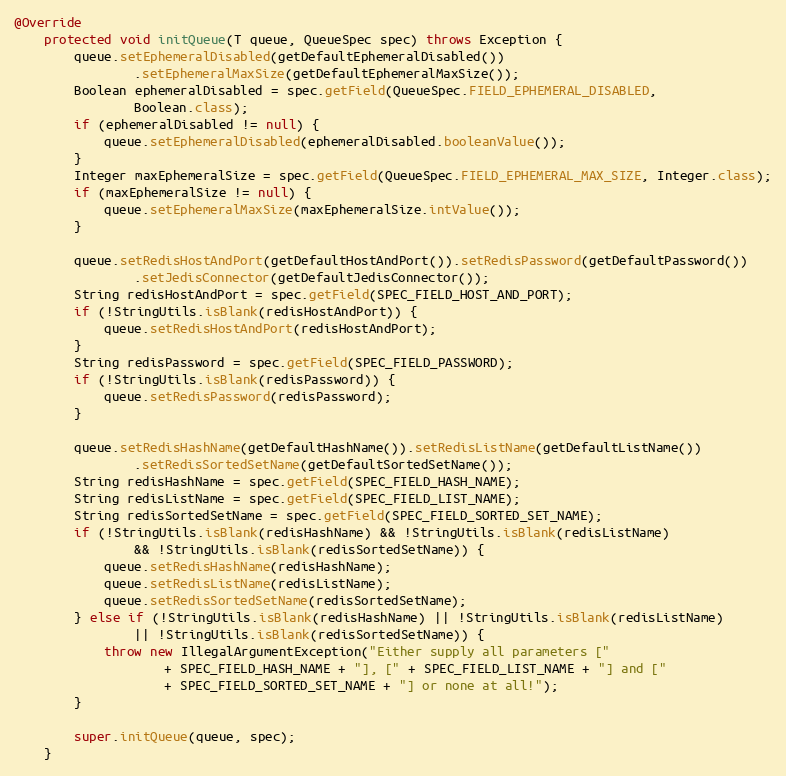
Language: Java
@Override
    protected void initQueue(T queue, QueueSpec spec) throws Exception {
        queue.setEphemeralDisabled(getDefaultEphemeralDisabled())
                .setEphemeralMaxSize(getDefaultEphemeralMaxSize());
        Boolean ephemeralDisabled = spec.getField(QueueSpec.FIELD_EPHEMERAL_DISABLED,
                Boolean.class);
        if (ephemeralDisabled != null) {
            queue.setEphemeralDisabled(ephemeralDisabled.booleanValue());
        }
        Integer maxEphemeralSize = spec.getField(QueueSpec.FIELD_EPHEMERAL_MAX_SIZE, Integer.class);
        if (maxEphemeralSize != null) {
            queue.setEphemeralMaxSize(maxEphemeralSize.intValue());
        }

        queue.setRedisHostAndPort(getDefaultHostAndPort()).setRedisPassword(getDefaultPassword())
                .setJedisConnector(getDefaultJedisConnector());
        String redisHostAndPort = spec.getField(SPEC_FIELD_HOST_AND_PORT);
        if (!StringUtils.isBlank(redisHostAndPort)) {
            queue.setRedisHostAndPort(redisHostAndPort);
        }
        String redisPassword = spec.getField(SPEC_FIELD_PASSWORD);
        if (!StringUtils.isBlank(redisPassword)) {
            queue.setRedisPassword(redisPassword);
        }

        queue.setRedisHashName(getDefaultHashName()).setRedisListName(getDefaultListName())
                .setRedisSortedSetName(getDefaultSortedSetName());
        String redisHashName = spec.getField(SPEC_FIELD_HASH_NAME);
        String redisListName = spec.getField(SPEC_FIELD_LIST_NAME);
        String redisSortedSetName = spec.getField(SPEC_FIELD_SORTED_SET_NAME);
        if (!StringUtils.isBlank(redisHashName) && !StringUtils.isBlank(redisListName)
                && !StringUtils.isBlank(redisSortedSetName)) {
            queue.setRedisHashName(redisHashName);
            queue.setRedisListName(redisListName);
            queue.setRedisSortedSetName(redisSortedSetName);
        } else if (!StringUtils.isBlank(redisHashName) || !StringUtils.isBlank(redisListName)
                || !StringUtils.isBlank(redisSortedSetName)) {
            throw new IllegalArgumentException("Either supply all parameters ["
                    + SPEC_FIELD_HASH_NAME + "], [" + SPEC_FIELD_LIST_NAME + "] and ["
                    + SPEC_FIELD_SORTED_SET_NAME + "] or none at all!");
        }

        super.initQueue(queue, spec);
    }